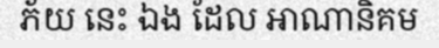
ភ័យ នេះ ឯង ដែល អាណានិគម